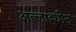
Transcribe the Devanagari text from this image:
अल्लाह्धीन